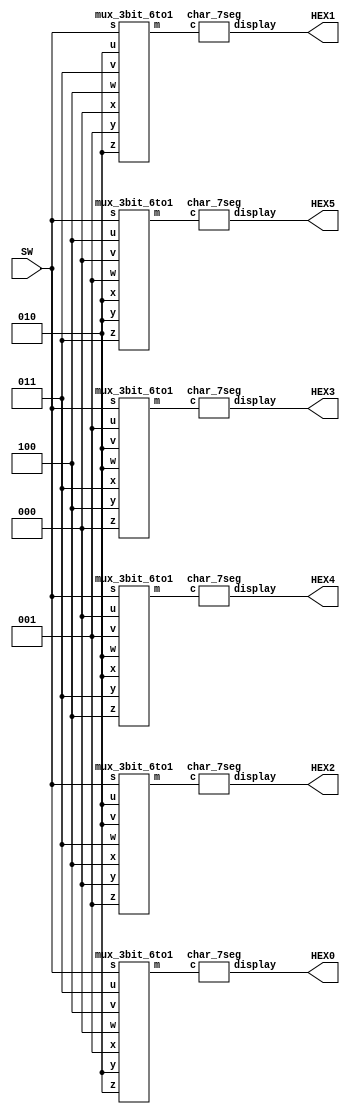
module ex2_5 (SW, HEX0, HEX1, HEX2, HEX3, HEX4, HEX5);
    input [2:0] SW;
    output [6:0] HEX0, HEX1, HEX2, HEX3, HEX4, HEX5;
    wire [2:0] o0, o1, o2, o3, o4, o5;
    wire [2:0] h=3'b000, e=3'b001, l=3'b010, o=3'b011, blk=3'b100;

    mux_3bit_6to1 m5(SW, blk, h, e, l, l, o, o5);
    char_7seg c5(o5, HEX5);
    mux_3bit_6to1 m4(SW, h, e, l, l, o, blk, o4);
    char_7seg c4(o4, HEX4);
    mux_3bit_6to1 m3(SW, e, l, l, o, blk, h, o3);
    char_7seg c3(o3, HEX3); 
    mux_3bit_6to1 m2(SW, l, l, o, blk, h, e, o2);
    char_7seg c2(o2, HEX2);    
    mux_3bit_6to1 m1(SW, l, o, blk, h, e, l, o1);
    char_7seg c1(o1, HEX1);    
    mux_3bit_6to1 m0(SW, o, blk, h, e, l, l, o0);
    char_7seg c0(o0, HEX0);
endmodule


// 000 => H
// 001 => E
// 010 => L
// 011 => O
// 100 => blank
module char_7seg(c, display);
    input [2:0] c;
    output [6:0] display;

    assign display[0] = c[2] | !c[0];
    assign display[1] = c[2] | c[1] ^ c[0];
    assign display[2] = c[2] | c[1] ^ c[0];
    assign display[3] = c[2] | ~c[1] & ~c[0];
    assign display[4] = c[2];
    assign display[5] = c[2];
    assign display[6] = c[2] | c[1];
endmodule

// s   => m
// 000 => u
// 001 => v
// 010 => w
// 011 => x
// 100 => y
// 101 => z
module mux_3bit_6to1(s, u, v, w, x, y, z, m);
    input [2:0] s;
    input [2:0] u, v, w, x, y, z;
    output [2:0] m;

    wire [2:0] o0, o1, o2 ,o3;
    mux_3bit_2to1 m0(s[0], u, v, o0);
    mux_3bit_2to1 m1(s[0], w, x, o1);
    mux_3bit_2to1 m2(s[0], y, z, o2);
    mux_3bit_2to1 m3(s[1], o0, o1, o3);
    mux_3bit_2to1 m4(s[2], o3, o2, m);
endmodule

// s => m
// 0 => x
// 1 => y
module mux_3bit_2to1(s, x, y, m);
    input s;
    input [2:0] x, y;
    output [2:0] m;
    assign m = ({3{~s}} & x) | ({3{s}} & y);
endmodule